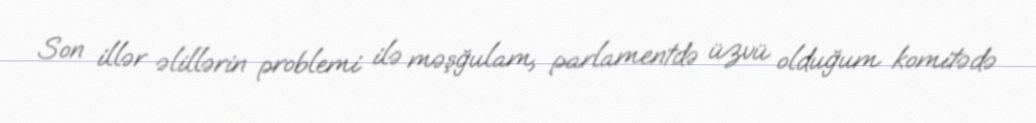
Son illər əlillərin problemi ilə məşğulam, parlamentdə üzvü olduğum komitədə